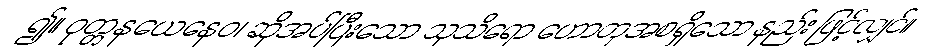
၍။ ဝုတ္တနယေနေဝ၊ ဆိုအပ်ပြီးသော သုသိရော ဟောတုအစရှိသော နည်း ဖြင့်လျှင်။